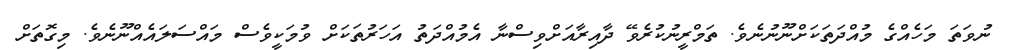
ނުވަތަ މަހެއްގެ މުއްދަތަކަށްނޫނުނެވެ. ތަމްރީނުކުރެވޭ ދާއިރާއަށްވިސްނާ އެމުއްދަތު އަހަރުތަކަށް ވުމަކީވެސް މައްސަލައެއްނޫނެވެ. މިގޮތަށް